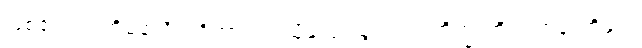
ဖြစ်၏။ ဣတိမနသိကရိတွာ၊ ဤသို့နှလုံးသွင်း၍။ ဘိက္ခူဟိ၊ ရဟန်းတို့နှင့်။